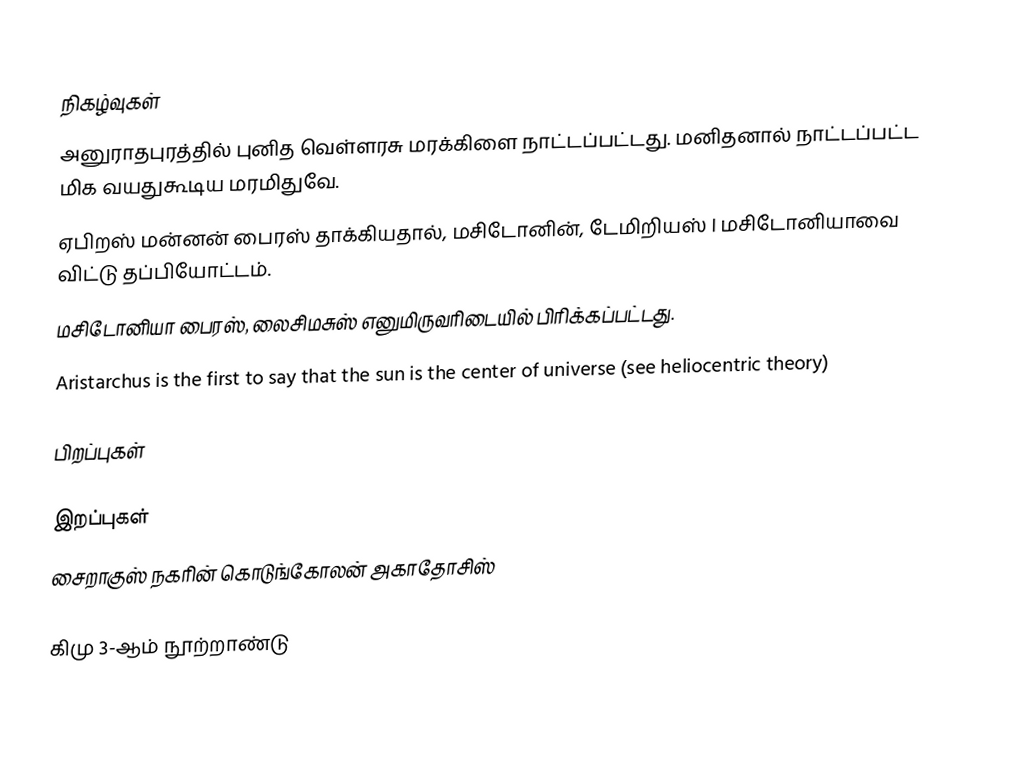

நிகழ்வுகள்
 அனுராதபுரத்தில் புனித வெள்ளரசு மரக்கிளை நாட்டப்பட்டது. மனிதனால் நாட்டப்பட்ட மிக வயதுகூடிய மரமிதுவே.
 ஏபிறஸ் மன்னன் பைரஸ் தாக்கியதால், மசிடோனின், டேமிறியஸ் I மசிடோனியாவை விட்டு தப்பியோட்டம்.
 மசிடோனியா பைரஸ், லைசிமசுஸ் எனுமிருவரிடையில் பிரிக்கப்பட்டது.
 Aristarchus is the first to say that the sun is the center of universe (see heliocentric theory)

பிறப்புகள்

இறப்புகள்
 சைறாகுஸ் நகரின் கொடுங்கோலன் அகாதோசிஸ்

கிமு 3-ஆம் நூற்றாண்டு